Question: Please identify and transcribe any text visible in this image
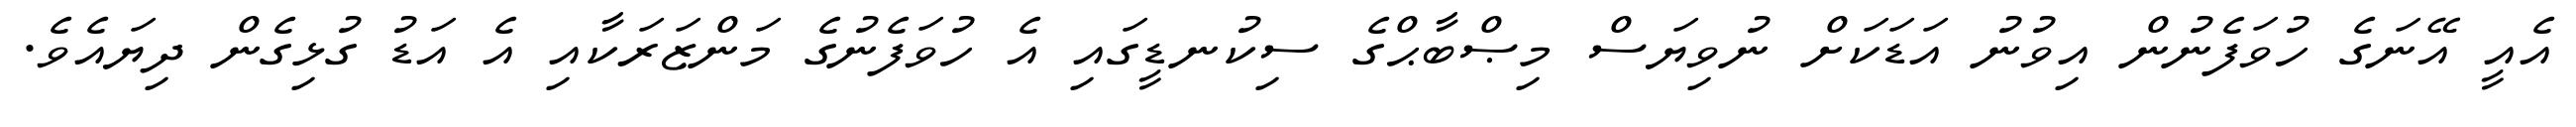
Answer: އެއީ އޭނަގެ ހުވަފެނުން އިވުނު އަޑަކަށް ނުވިޔަސް މިޞްބާޙްގެ ސިކުނޑީގައި އެ ހުވަފެނުގެ މަންޒަރަކާއި އެ އަޑު ގުޅިގެން ދިޔައެވެ.